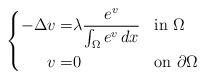
LaTeX: \begin{align*}\left\{\begin{aligned}-\Delta v=&\lambda\frac{e^v}{\int_\Omega e^v\,dx} && \mbox{in $\Omega$} \\v=&0 && \mbox{on $\partial\Omega$}\end{aligned}\right.\end{align*}